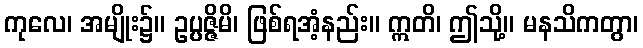
ကုလေ၊ အမျိုး၌။ ဥပ္ပဇ္ဇိမိ၊ ဖြစ်ရအံ့နည်း။ ဣတိ၊ ဤသို့။ မနသိကတွာ၊